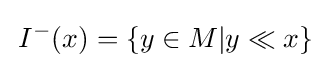
\,I^{-}(x)=\{y\in M|y\ll x\}